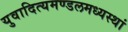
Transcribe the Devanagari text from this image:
युवादित्यमण्डलमध्यस्थां